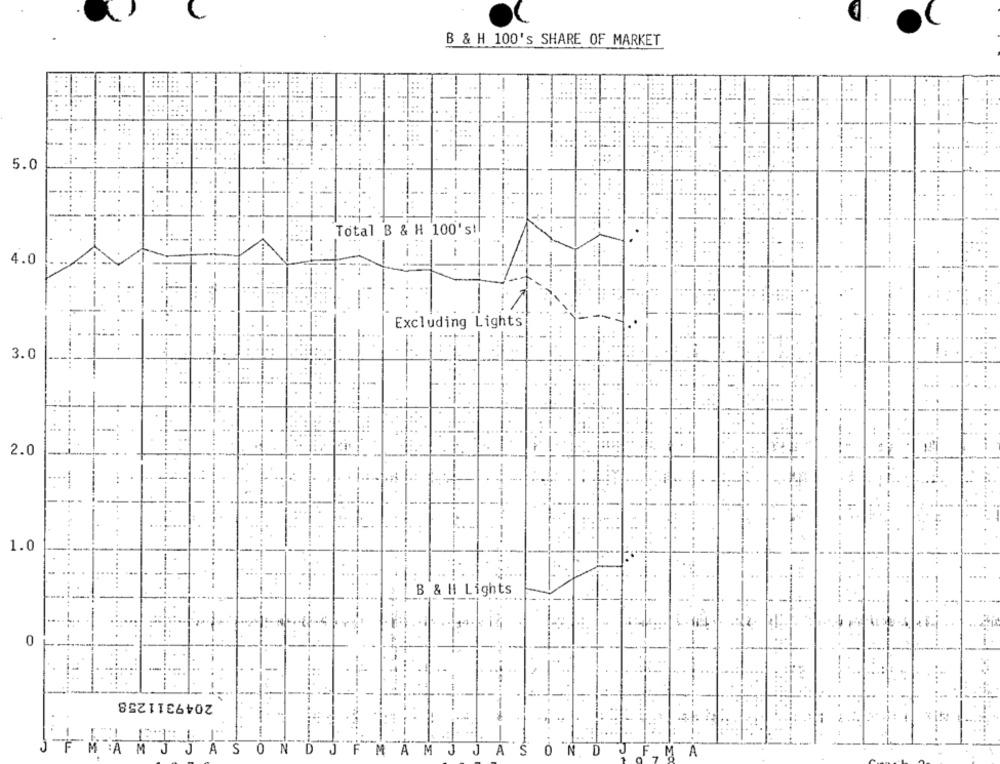
B & H 100's SHARE OF MARKET
5.0
-
Total B & H 100's!
--
4.0
Excluding Lights
3.0
2.0
1.0
B & H Lights
0
2049311258
M
S
0
N
D
MAMJJA
0
N
D
M
A